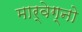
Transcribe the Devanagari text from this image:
मार्वेग्नो